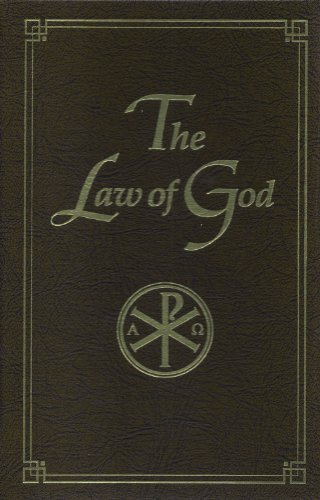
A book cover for The Law of God: For Study at Home and School; Seraphim Slobodskoi; Christian Books & Bibles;